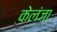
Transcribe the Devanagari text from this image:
केलंजा